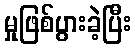
မှုဖြစ်ပွားခဲ့ပြီး